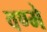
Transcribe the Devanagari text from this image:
वण्मे